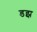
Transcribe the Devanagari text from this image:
डझ